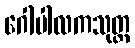
ဂေါပါလကသုတ္တ